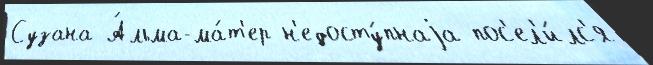
Сузана А́льма-ма́т'ер н'едосту́пнаjа пос'ел'и́лс'я